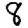
Digit: 8